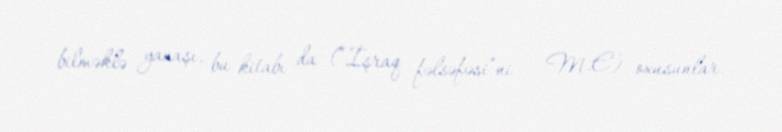
bilməklə yanaşı, bu kitabı da (“İşraq fəlsəfəsi”ni – M.E) oxusunlar.